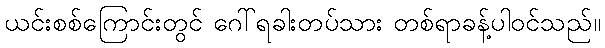
ယင်းစစ်ကြောင်းတွင် ဂေါ်ရခါးတပ်သား တစ်ရာခန့်ပါဝင်သည်။